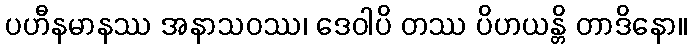
ပဟီနမာနဿ အနာသဝဿ၊ ဒေဝါပိ တဿ ပိဟယန္တိ တာဒိနော။